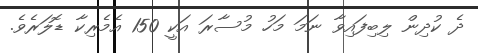
ދެ ކުދިން ލިބިފައިވާ ނަމަ މަހު މުސާރަ އަކީ 150 އެމެރިކާ ޑޮލަރެވެ.